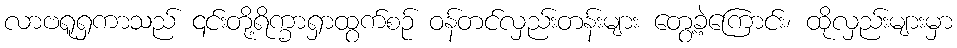
လာဗရူရှကာသည် ၎င်းတို့ရိက္ခာရှာထွက်စဉ် ဝန်တင်လှည်းတန်းများ တွေ့ခဲ့ကြောင်း၊ ထိုလှည်းများမှာ